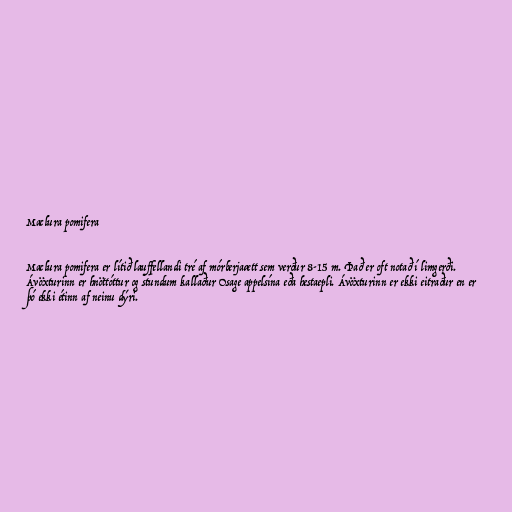
Maclura pomifera

Maclura pomifera er lítið lauffellandi tré af mórberjaætt sem verður 8-15 m. Það er oft notað í limgerði.
Ávöxturinn er hnöttóttur og stundum kallaður Osage appelsína eða hestaepli. Ávöxturinn er ekki eitraður en er
þó ekki étinn af neinu dýri.